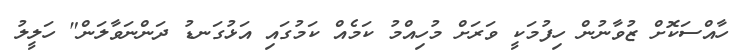
ހާއްސަކޮށް ޒުވާނުން ހިފުމަކީ ވަރަށް މުހިއްމު ކަމެއް ކަމުގައި އަޅުގަނޑު ދަންނަވާލަން" ހަލީލު